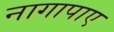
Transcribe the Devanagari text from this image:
नागापाए